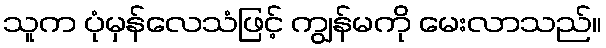
သူက ပုံမှန်လေသံဖြင့် ကျွန်မကို မေးလာသည်။